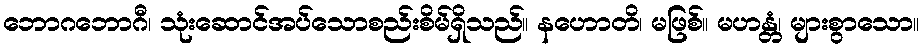
ဘောဂဘောဂီ၊ သုံးဆောင်အပ်သောစည်းစိမ်ရှိသည်။ နဟောတိ၊ မဖြစ်။ မဟန္တံ၊ များစွာသော။